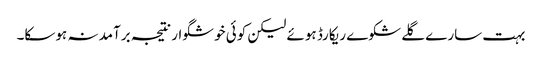
بہت سارے گلے شکوے ریکارڈ ہوئے لیکن کوئی خوشگوار نتیجہ برآمد نہ ہوسکا۔